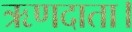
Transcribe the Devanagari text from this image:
ऋणदाता।